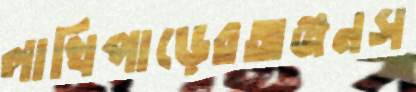
লাখিপাড়েরঅঞ্জনস